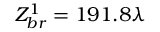
Z _ { b r } ^ { 1 } = 1 9 1 . 8 \lambda